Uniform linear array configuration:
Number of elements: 32
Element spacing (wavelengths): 0.5
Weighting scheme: exponential
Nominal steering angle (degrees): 30
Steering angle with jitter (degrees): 28.17
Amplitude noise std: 0.05
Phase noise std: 0.05

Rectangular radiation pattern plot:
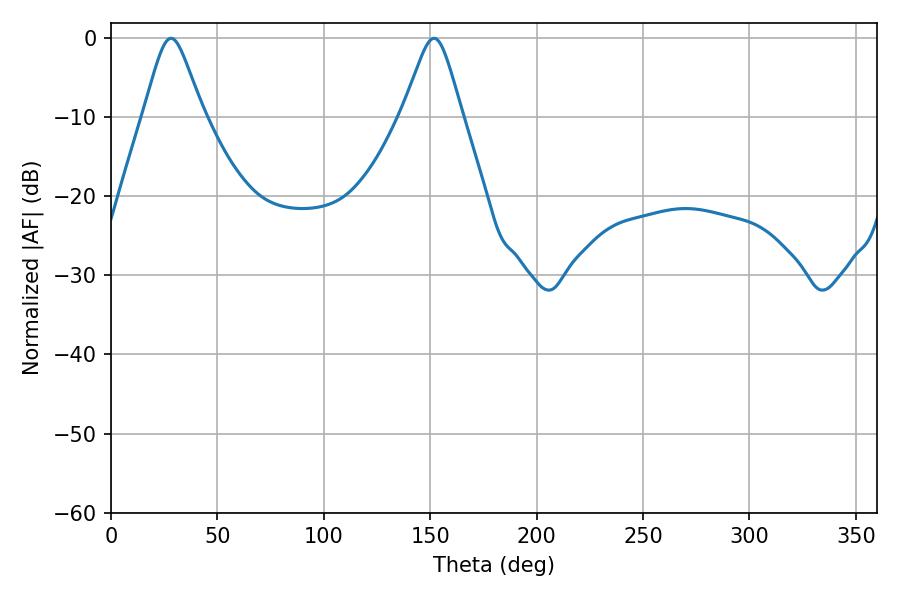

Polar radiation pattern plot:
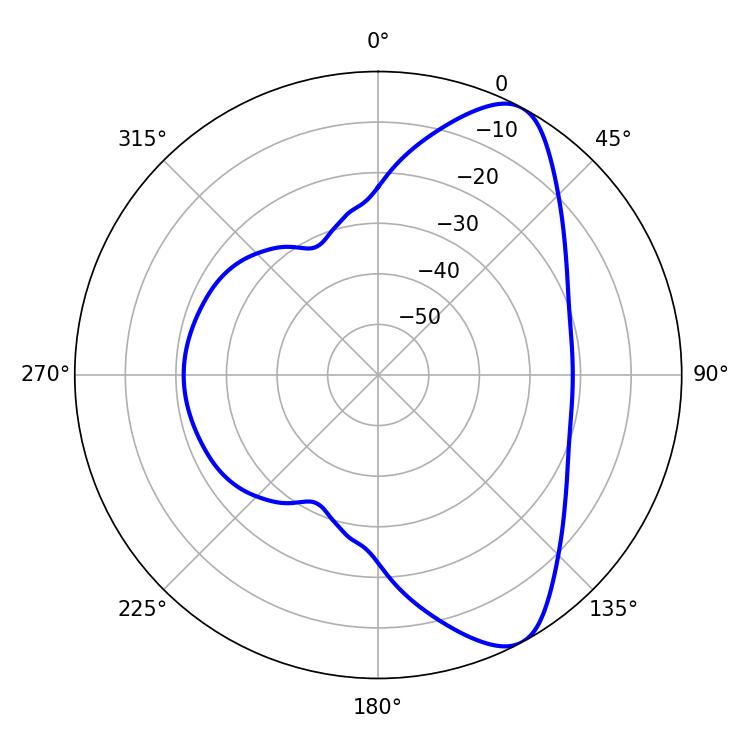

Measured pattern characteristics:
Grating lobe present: FALSE
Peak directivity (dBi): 8.556
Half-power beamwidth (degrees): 13.32
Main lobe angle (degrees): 151.74